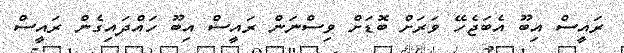
ރައީސް އިބޫ އެބަޖެހޭ ވަރަށް ބޮޑަށް ވިސްނަން ރައީސް އިބޫ ހައްދައިގެން ރައީސް